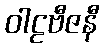
ဝါဠဗီဇနီ